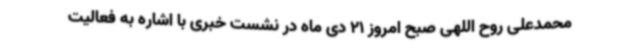
محمدعلی روح اللهی صبح امروز 21 دی ماه در نشست خبری با اشاره به فعالیت